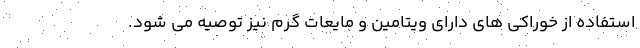
استفاده از خوراکی های دارای ویتامین و مایعات گرم نیز توصیه می شود.